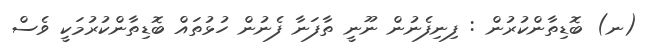
(ނ) ބޮޑިތާންކުރުން : ފިނިފެނުން ނޫނީ ތާފަނާ ފެނުން ހުޅުތައް ބޮޑިތާންކުރުމަކީ ވެސް